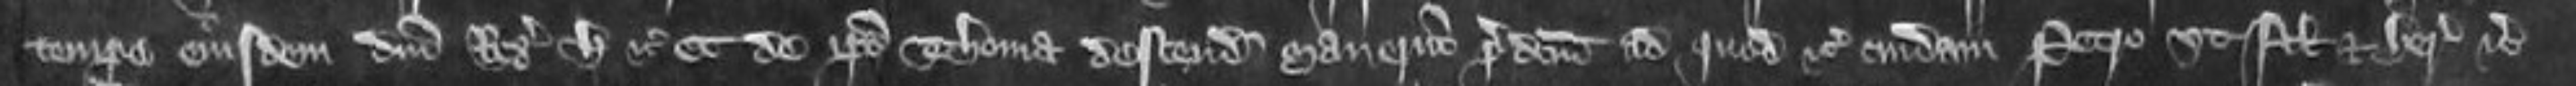
tempore eiusdem domini Regis henricum etc et de ipse Thoma descendit manerium predictum ad quod etc cuidam Petro ut filio et heredi etc